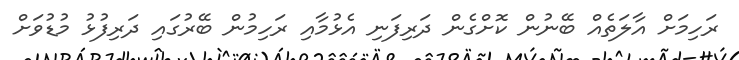
ރަހިމަށް އާލަތެއް ބޭނުން ކޮށްގެން ދަރިފަނި އެޅުމާއި ރަހިމުން ބޭރުގައި ދަރިފުޅު މުޑުވަށް